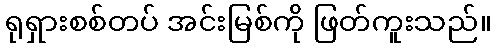
ရုရှားစစ်တပ် အင်းမြစ်ကို ဖြတ်ကူးသည်။